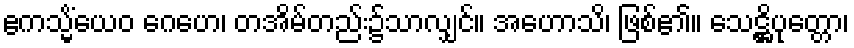
ဧကသ္မိံယေဝ ဂေဟေ၊ တအိမ်တည်း၌သာလျှင်။ အဟောသိ၊ ဖြစ်၏။ သေဋ္ဌိပုတ္တော၊